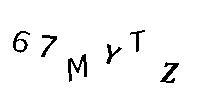
67MYTZ